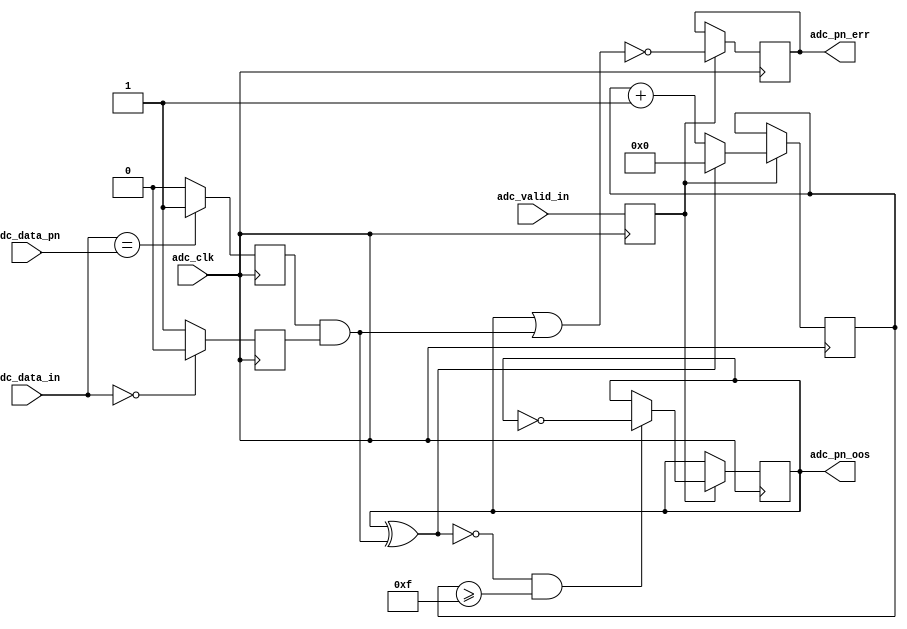
// ***************************************************************************
// ***************************************************************************
// Copyright 2014 - 2017 (c) Analog Devices, Inc. All rights reserved.
//
// In this HDL repository, there are many different and unique modules, consisting
// of various HDL (Verilog or VHDL) components. The individual modules are
// developed independently, and may be accompanied by separate and unique license
// terms.
//
// The user should read each of these license terms, and understand the
// freedoms and responsibilities that he or she has by using this source/core.
//
// This core is distributed in the hope that it will be useful, but WITHOUT ANY
// WARRANTY; without even the implied warranty of MERCHANTABILITY or FITNESS FOR
// A PARTICULAR PURPOSE.
//
// Redistribution and use of source or resulting binaries, with or without modification
// of this file, are permitted under one of the following two license terms:
//
//   1. The GNU General Public License version 2 as published by the
//      Free Software Foundation, which can be found in the top level directory
//      of this repository (LICENSE_GPL2), and also online at:
//      <https://www.gnu.org/licenses/old-licenses/gpl-2.0.html>
//
// OR
//
//   2. An ADI specific BSD license, which can be found in the top level directory
//      of this repository (LICENSE_ADIBSD), and also on-line at:
//      https://github.com/analogdevicesinc/hdl/blob/master/LICENSE_ADIBSD
//      This will allow to generate bit files and not release the source code,
//      as long as it attaches to an ADI device.
//
// ***************************************************************************
// ***************************************************************************
// PN monitors

`timescale 1ns/100ps

module ad_pnmon #(

  parameter DATA_WIDTH = 16) (

  // adc interface

  input                       adc_clk,
  input                       adc_valid_in,
  input   [(DATA_WIDTH-1):0]  adc_data_in,
  input   [(DATA_WIDTH-1):0]  adc_data_pn,

  // pn out of sync and error

  output                      adc_pn_oos,
  output                      adc_pn_err);

  // internal registers

  reg                         adc_valid_d = 'd0;
  reg                         adc_pn_match_d = 'd0;
  reg                         adc_pn_match_z = 'd0;
  reg                         adc_pn_oos_int = 'd0;
  reg                         adc_pn_err_int = 'd0;
  reg     [ 3:0]              adc_pn_oos_count = 'd0;

  // internal signals

  wire                        adc_pn_match_d_s;
  wire                        adc_pn_match_z_s;
  wire                        adc_pn_match_s;
  wire                        adc_pn_update_s;
  wire                        adc_pn_err_s;

  // make sure data is not 0, sequence will fail.

  assign adc_pn_match_d_s = (adc_data_in == adc_data_pn) ? 1'b1 : 1'b0;
  assign adc_pn_match_z_s = (adc_data_in == 'd0) ? 1'b0 : 1'b1;
  assign adc_pn_match_s = adc_pn_match_d & adc_pn_match_z;
  assign adc_pn_update_s = ~(adc_pn_oos_int ^ adc_pn_match_s);
  assign adc_pn_err_s = ~(adc_pn_oos_int | adc_pn_match_s);

  // pn oos and counters (16 to clear and set).

  assign adc_pn_oos = adc_pn_oos_int;
  assign adc_pn_err = adc_pn_err_int;

  always @(posedge adc_clk) begin
    adc_valid_d <= adc_valid_in;
    adc_pn_match_d <= adc_pn_match_d_s;
    adc_pn_match_z <= adc_pn_match_z_s;
    if (adc_valid_d == 1'b1) begin
      adc_pn_err_int <= adc_pn_err_s;
      if ((adc_pn_update_s == 1'b1) && (adc_pn_oos_count >= 15)) begin
        adc_pn_oos_int <= ~adc_pn_oos_int;
      end
      if (adc_pn_update_s == 1'b1) begin
        adc_pn_oos_count <= adc_pn_oos_count + 1'b1;
      end else begin
        adc_pn_oos_count <= 'd0;
      end
    end
  end

endmodule

// ***************************************************************************
// ***************************************************************************